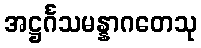
အဋ္ဌင်္ဂသမန္နာဂတေသု